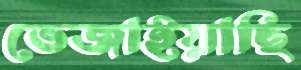
ভেজাইয়াছি